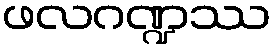
ဖလဂဏ္ဍဿ